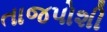
તાજપોશી